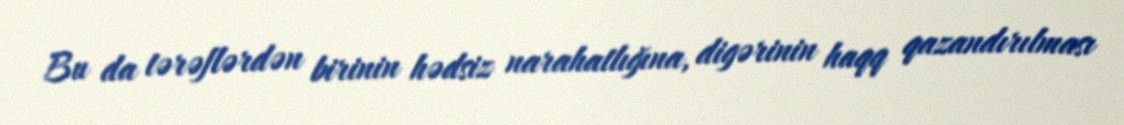
Bu da tərəflərdən birinin hədsiz narahatlığına, digərinin haqq qazandırılması